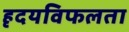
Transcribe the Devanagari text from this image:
हृदयविफलता